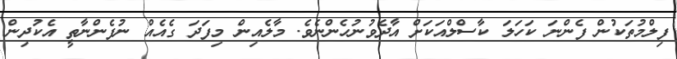
ފިލްމުތަކުން ފެންނަ ކަހަލަ ކާސްލްއަކަށް އާދެވުނުހެންނެވެ. މާލެއިން މިފަދަ ގެއެއް ނުފެންނާތީ އެކުދިން